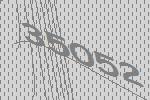
35052